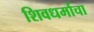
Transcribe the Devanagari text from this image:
शिवधर्माचा